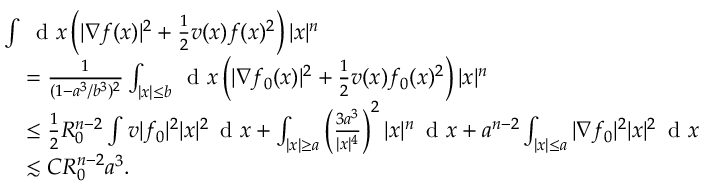
\begin{array} { r l } & { \int \, \textnormal { d } x \left( | \nabla f ( x ) | ^ { 2 } + \frac { 1 } { 2 } v ( x ) f ( x ) ^ { 2 } \right) | x | ^ { n } } \\ & { \quad = \frac { 1 } { ( 1 - a ^ { 3 } / b ^ { 3 } ) ^ { 2 } } \int _ { | x | \leq b } \, \textnormal { d } x \left( | \nabla f _ { 0 } ( x ) | ^ { 2 } + \frac { 1 } { 2 } v ( x ) f _ { 0 } ( x ) ^ { 2 } \right) | x | ^ { n } } \\ & { \quad \leq \frac { 1 } { 2 } R _ { 0 } ^ { n - 2 } \int v | f _ { 0 } | ^ { 2 } | x | ^ { 2 } \, \textnormal { d } x + \int _ { | x | \geq a } \left( \frac { 3 a ^ { 3 } } { | x | ^ { 4 } } \right) ^ { 2 } | x | ^ { n } \, \textnormal { d } x + a ^ { n - 2 } \int _ { | x | \leq a } | \nabla f _ { 0 } | ^ { 2 } | x | ^ { 2 } \, \textnormal { d } x } \\ & { \quad \lesssim C R _ { 0 } ^ { n - 2 } a ^ { 3 } . } \end{array}